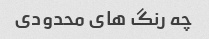
چه رنگ های محدودی